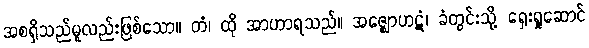
အစရှိသည်မူလည်းဖြစ်သော။ တံ၊ ထို အာဟာရသည်။ အဇ္ဈောဟဋံ၊ ခံတွင်းသို့ ရှေးရှုဆောင်